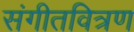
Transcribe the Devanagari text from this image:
संगीतवित्रण